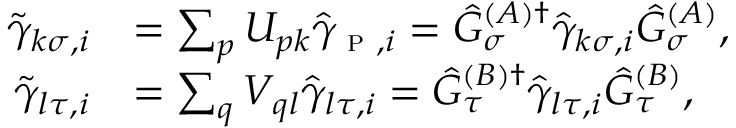
\begin{array} { r l } { \tilde { \gamma } _ { k \sigma , i } } & { = \sum _ { p } U _ { p k } \hat { \gamma } _ { \textsc { p } , i } = \hat { G } _ { \sigma } ^ { ( A ) \dagger } \hat { \gamma } _ { k \sigma , i } \hat { G } _ { \sigma } ^ { ( A ) } , } \\ { \tilde { \gamma } _ { l \tau , i } } & { = \sum _ { q } V _ { q l } \hat { \gamma } _ { l \tau , i } = \hat { G } _ { \tau } ^ { ( B ) \dagger } \hat { \gamma } _ { l \tau , i } \hat { G } _ { \tau } ^ { ( B ) } , } \end{array}